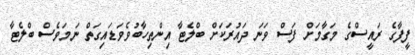
ފީފާގެ ރައީސްގެ މަގާމަށް ފަސް ވަނަ ދައުރަކަށް ބްލެޓާ އިންތިހާބުވެވަޑައިގަތް ނަމަވެސް ބްލެޓާ